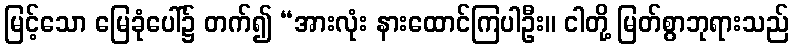
မြင့်သော မြေခုံပေါ်၌ တက်၍ “အားလုံး နားထောင်ကြပါဦး။ ငါတို့ မြတ်စွာဘုရားသည်